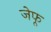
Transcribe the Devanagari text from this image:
जेफू